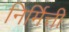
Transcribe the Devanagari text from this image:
निर्मित्ती